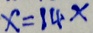
x = 1 4 x